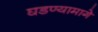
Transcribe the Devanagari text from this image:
घडण्यामागे